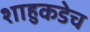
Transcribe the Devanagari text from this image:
शाहुकडेच